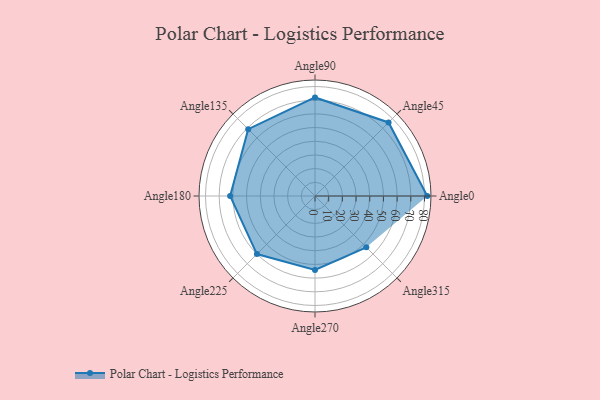
{"axis": {"x": "Angle", "y": "Radius"}, "legend": [""], "data": [{"x": "Angle0", "y": 82.0, "type": ""}, {"x": "Angle45", "y": 76.0, "type": ""}, {"x": "Angle90", "y": 72.0, "type": ""}, {"x": "Angle135", "y": 69.0, "type": ""}, {"x": "Angle180", "y": 62.0, "type": ""}, {"x": "Angle225", "y": 60.0, "type": ""}, {"x": "Angle270", "y": 54.0, "type": ""}, {"x": "Angle315", "y": 53.0, "type": ""}]}